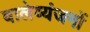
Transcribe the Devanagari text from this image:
वालेव्यंजनों